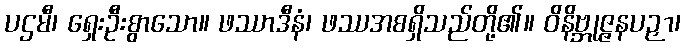
ပဌမီ၊ ရှေးဦးစွာသော။ ဖဿာဒီနံ၊ ဖဿအစရှိသည်တို့၏။ ဝိနိဗ္ဘုဇ္ဇနပဉှာ၊